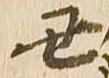
丑